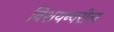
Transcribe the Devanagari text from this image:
विशयन्वरील